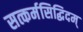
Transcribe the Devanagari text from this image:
सत्कर्मसिद्धिदम्